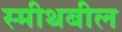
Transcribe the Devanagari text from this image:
स्मीथबील